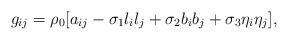
LaTeX: \begin{align*} g_{ij} = \rho_0[a_{ij} - \sigma_1l_il_j + \sigma_2b_ib_j + \sigma_3\eta_i\eta_j], \end{align*}